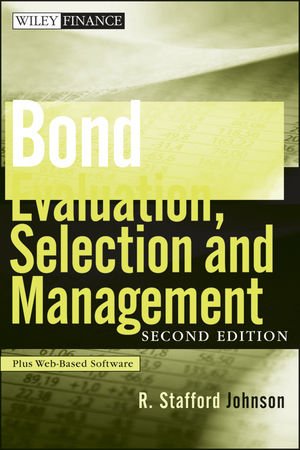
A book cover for Bond Evaluation, Selection, and Management, + Website; R. Stafford Johnson; Business & Money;